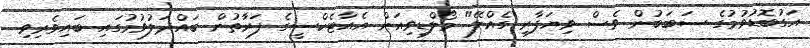
އަގުބޮޑުވުމުގެ ސަބަބުން ވެސް ވިޔަފާރި ގެއްލޭ" މޯލްޑިވިއަން އެއާޓެކްސީގެ ފަރާތުން ބައްދަލުވުމުގައި ބައިވެރިވި